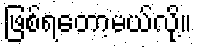
ဖြစ်ရတော့မယ်လို့။